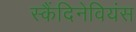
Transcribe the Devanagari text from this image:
स्कैंदिनेवियंस